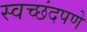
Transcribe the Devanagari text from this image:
स्वच्छंदपणे